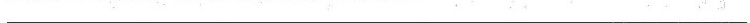
___